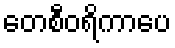
တေစီဝရိကာပေ